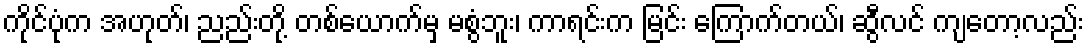
ကိုင်ပုံက အဟုတ်၊ ညည်းတို့ တစ်ယောက်မှ မစွံဘူး၊ ကာရင်းက မြင်း ကြောက်တယ်၊ ဆွီလင် ကျတော့လည်း